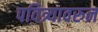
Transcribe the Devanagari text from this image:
पवित्र्यावरुन